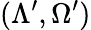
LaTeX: (\Lambda^{\prime},\Omega^{\prime})